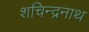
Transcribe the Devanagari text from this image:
शचिन्द्रनाथ